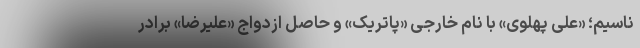
ناسیم؛ «علی پهلوی» با نام خارجی «پاتریک» و حاصل ازدواج «علیرضا» برادر